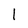
Character: l